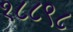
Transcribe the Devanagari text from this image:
१८८९८